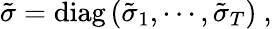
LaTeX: \tilde{\sigma}=\mathrm{diag}\left(\tilde{\sigma}_{1},\cdots,\tilde{\sigma}_{T}\right)\ ,